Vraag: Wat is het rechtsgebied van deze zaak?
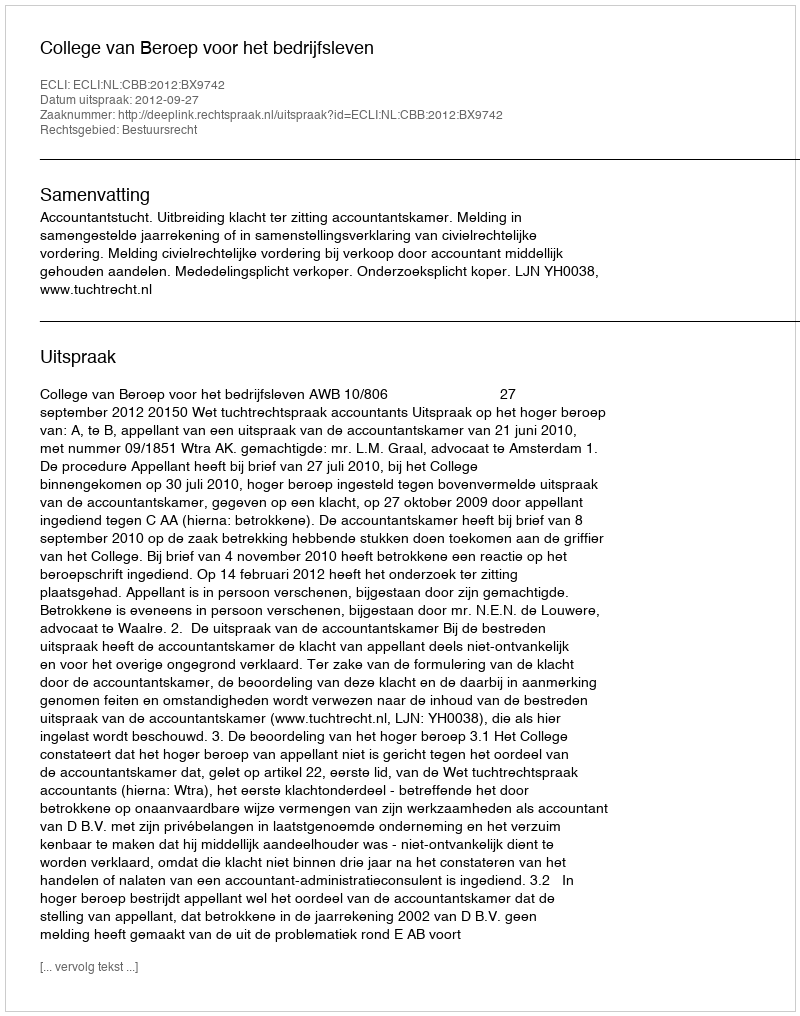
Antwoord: Bestuursrecht